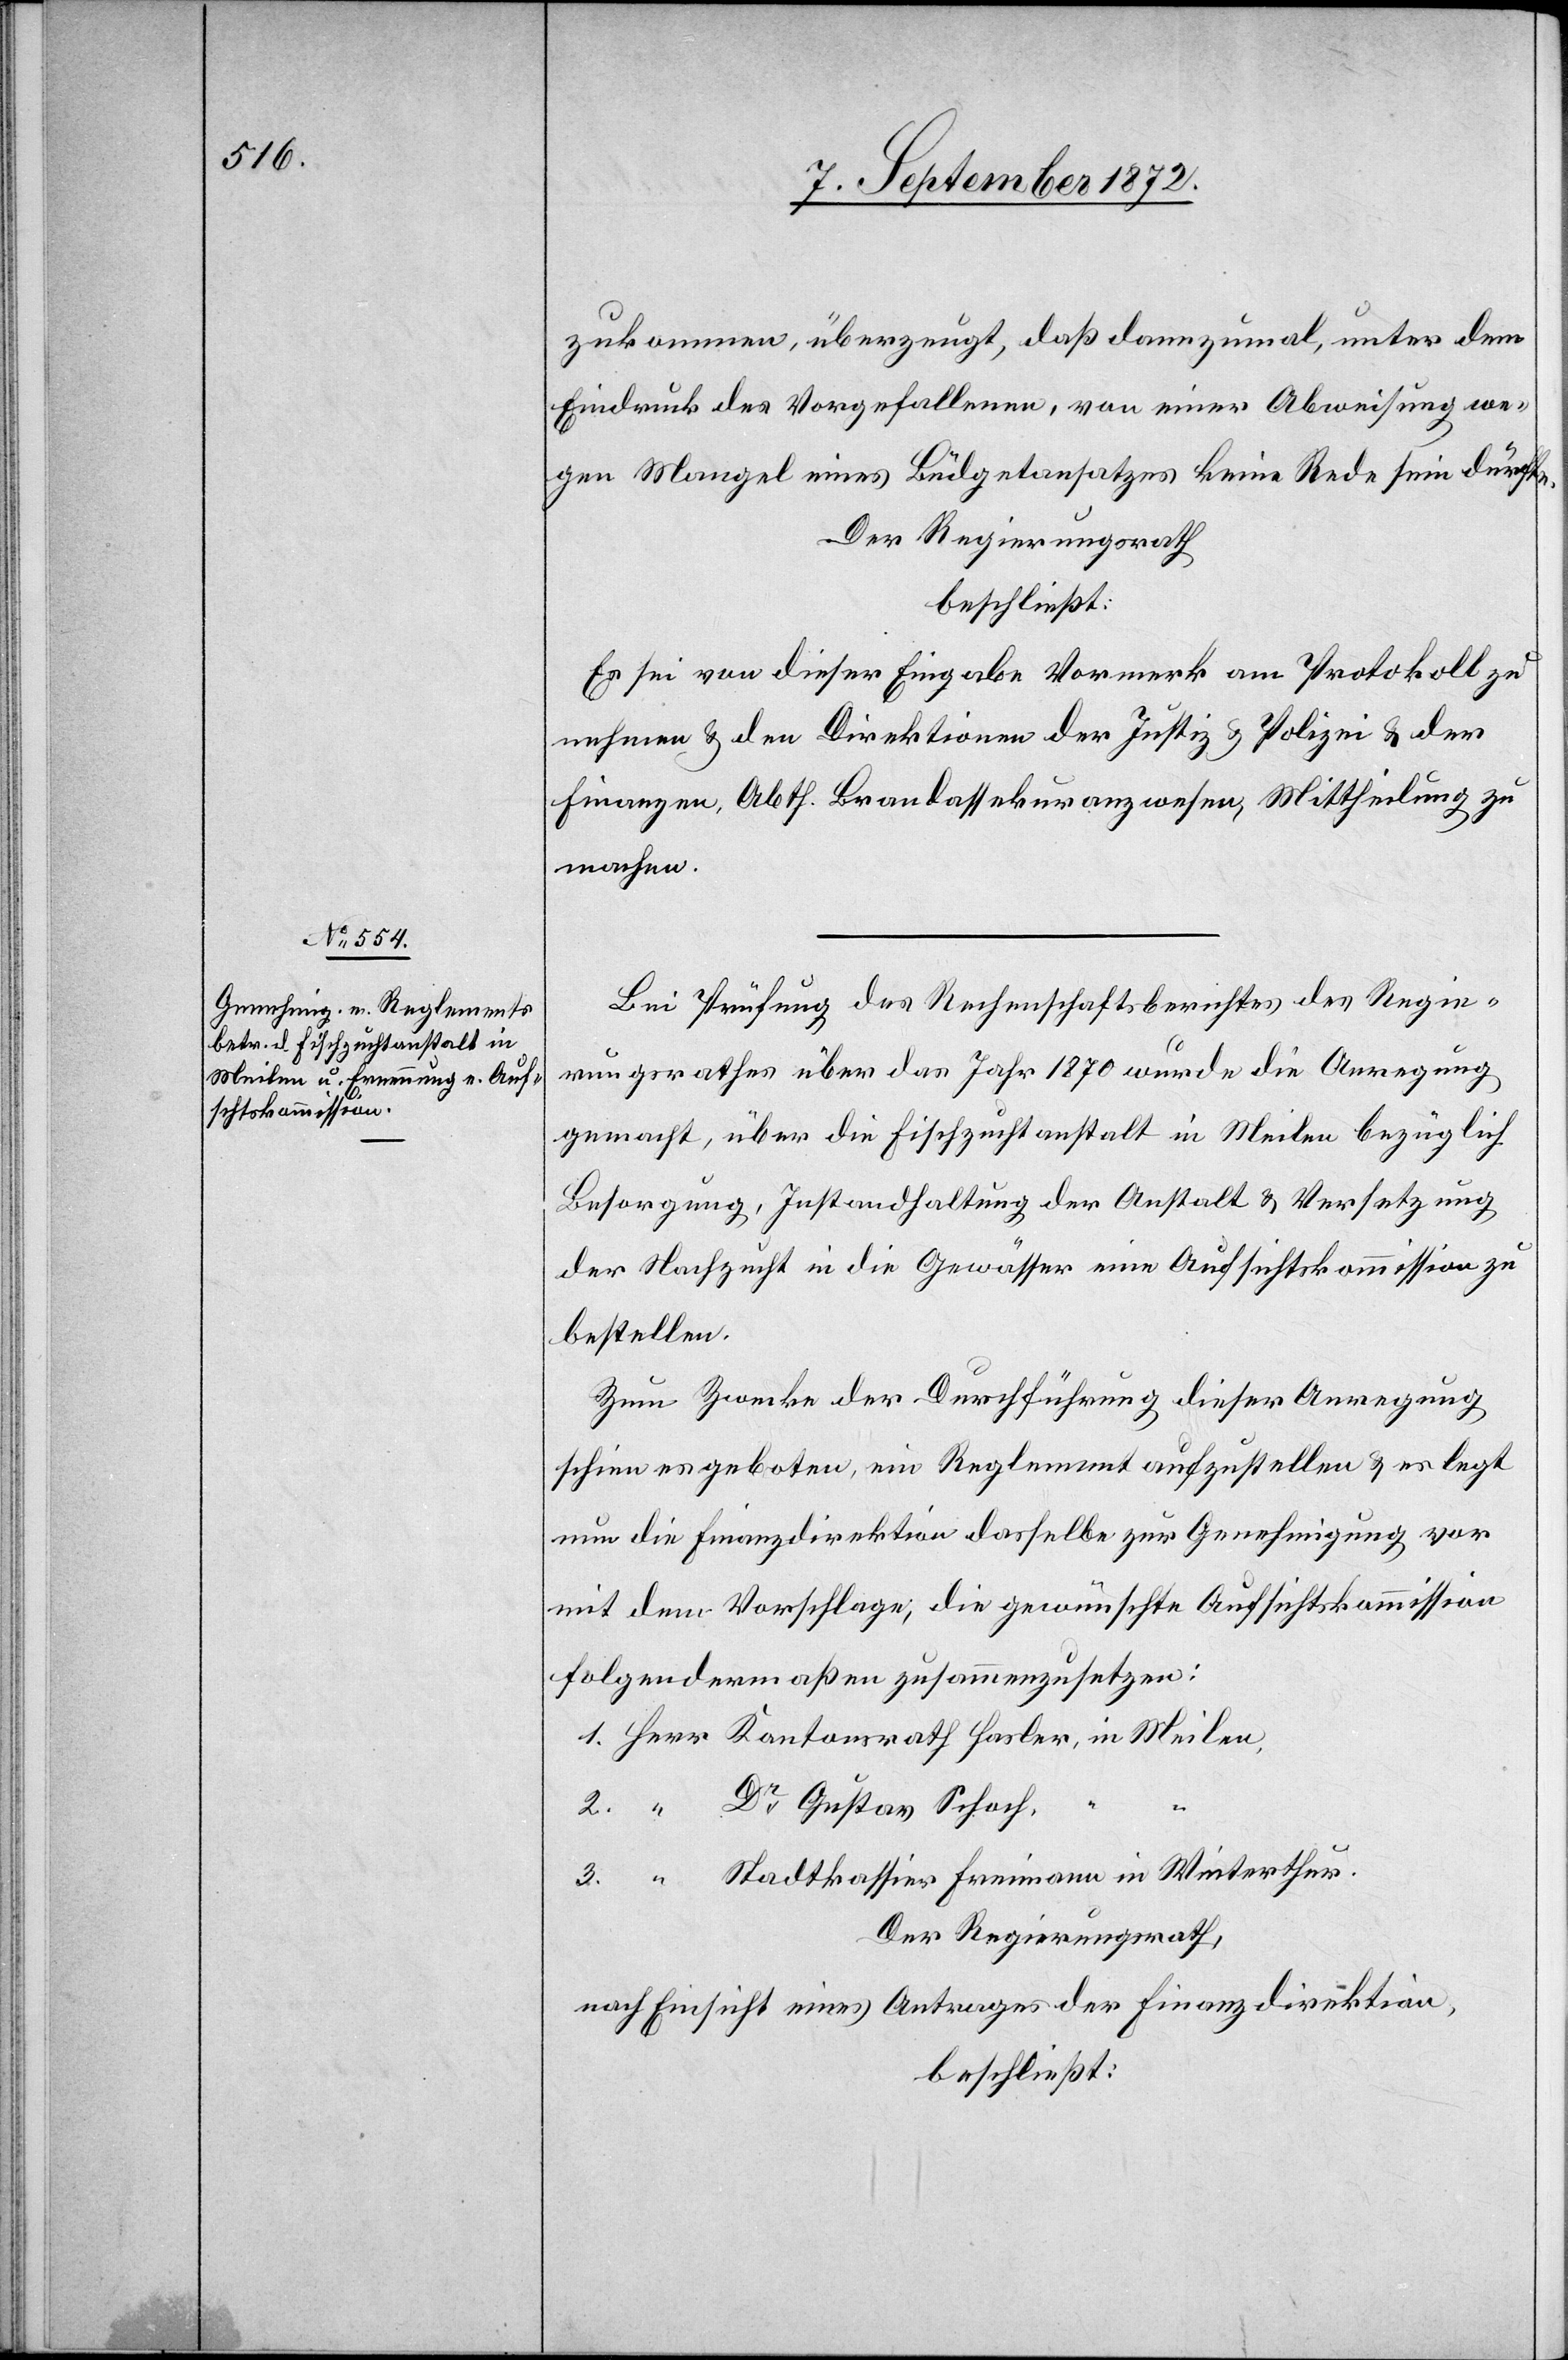
zukommen, überzeugt, daß dannzumal, unter dem
Eindruck des Vorgefallenen, von einer Abweisung we¬
gen Mangel eines Büdgetansatzes keine Rede sein dürfte.
Der Regierungsrath
beschließt:
Es sei von dieser Eingabe Vormerk am Protokoll zu
nehmen u. den Direktionen der Justiz u. Polizei u. der
Finanzen, Abth. Brandassekuranzwesen, Mittheilung zu
machen.
Bei Prüfung des Rechenschaftsberichtes des Regie¬
rungsrathes über das Jahr 1870 wurde die Anregung
gemacht, über die Fischzuchtanstalt in Meilen bezüglich
Besorgung, Instandhaltung der Anstalt u. Versetzung
der Nachzucht in die Gewässer eine Aufsichtskommission zu
bestellen.
Zum Zwecke der Durchführung dieser Anregung
schien es geboten, ein Reglement aufzustellen u. es legt
nun die Finanzdirektion dasselbe zur Genehmigung vor
mit dem Vorschlage, die gewünschte Aufsichtskommission
folgendermaßen zusammenzusetzen:
3.
2.
Dr Gustav Schoch,
Der Regierungsrath,
nach Einsicht eines Antrages der Finanzdirektion,
beschließt: